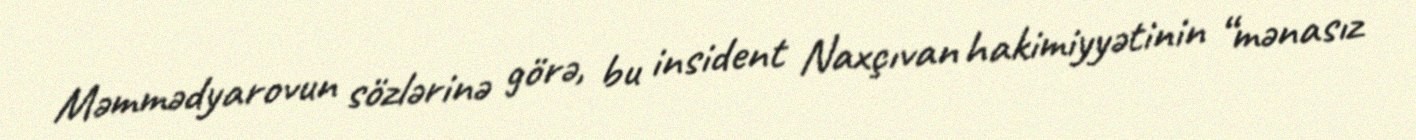
Məmmədyarovun sözlərinə görə, bu insident Naxçıvan hakimiyyətinin “mənasız